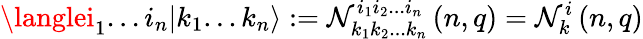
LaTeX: \langlei_{1}...i_{n}|k_{1}...k_{n}\rangle:=\mathcal{N}_{k_{1}k_{2}...k_{n}}^{i_{1}i_{2}...i_{n}}\left(n,q\right)=\mathcal{N}_{k}^{i}\left(n,q\right)